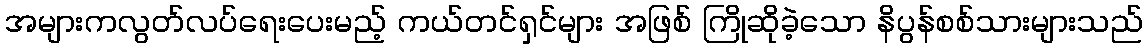
အများကလွတ်လပ်ရေးပေးမည့် ကယ်တင်ရှင်များ အဖြစ် ကြိုဆိုခဲ့သော နိပွန်စစ်သားများသည်